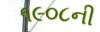
૧૯૦૮ની